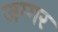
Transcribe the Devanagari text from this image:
जग्गर